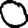
Digit: 0